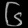
Digit: ၆